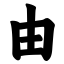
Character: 由